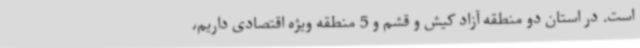
است. در استان دو منطقه آزاد کیش و قشم و 5 منطقه ویژه اقتصادی داریم،